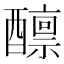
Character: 𫑾